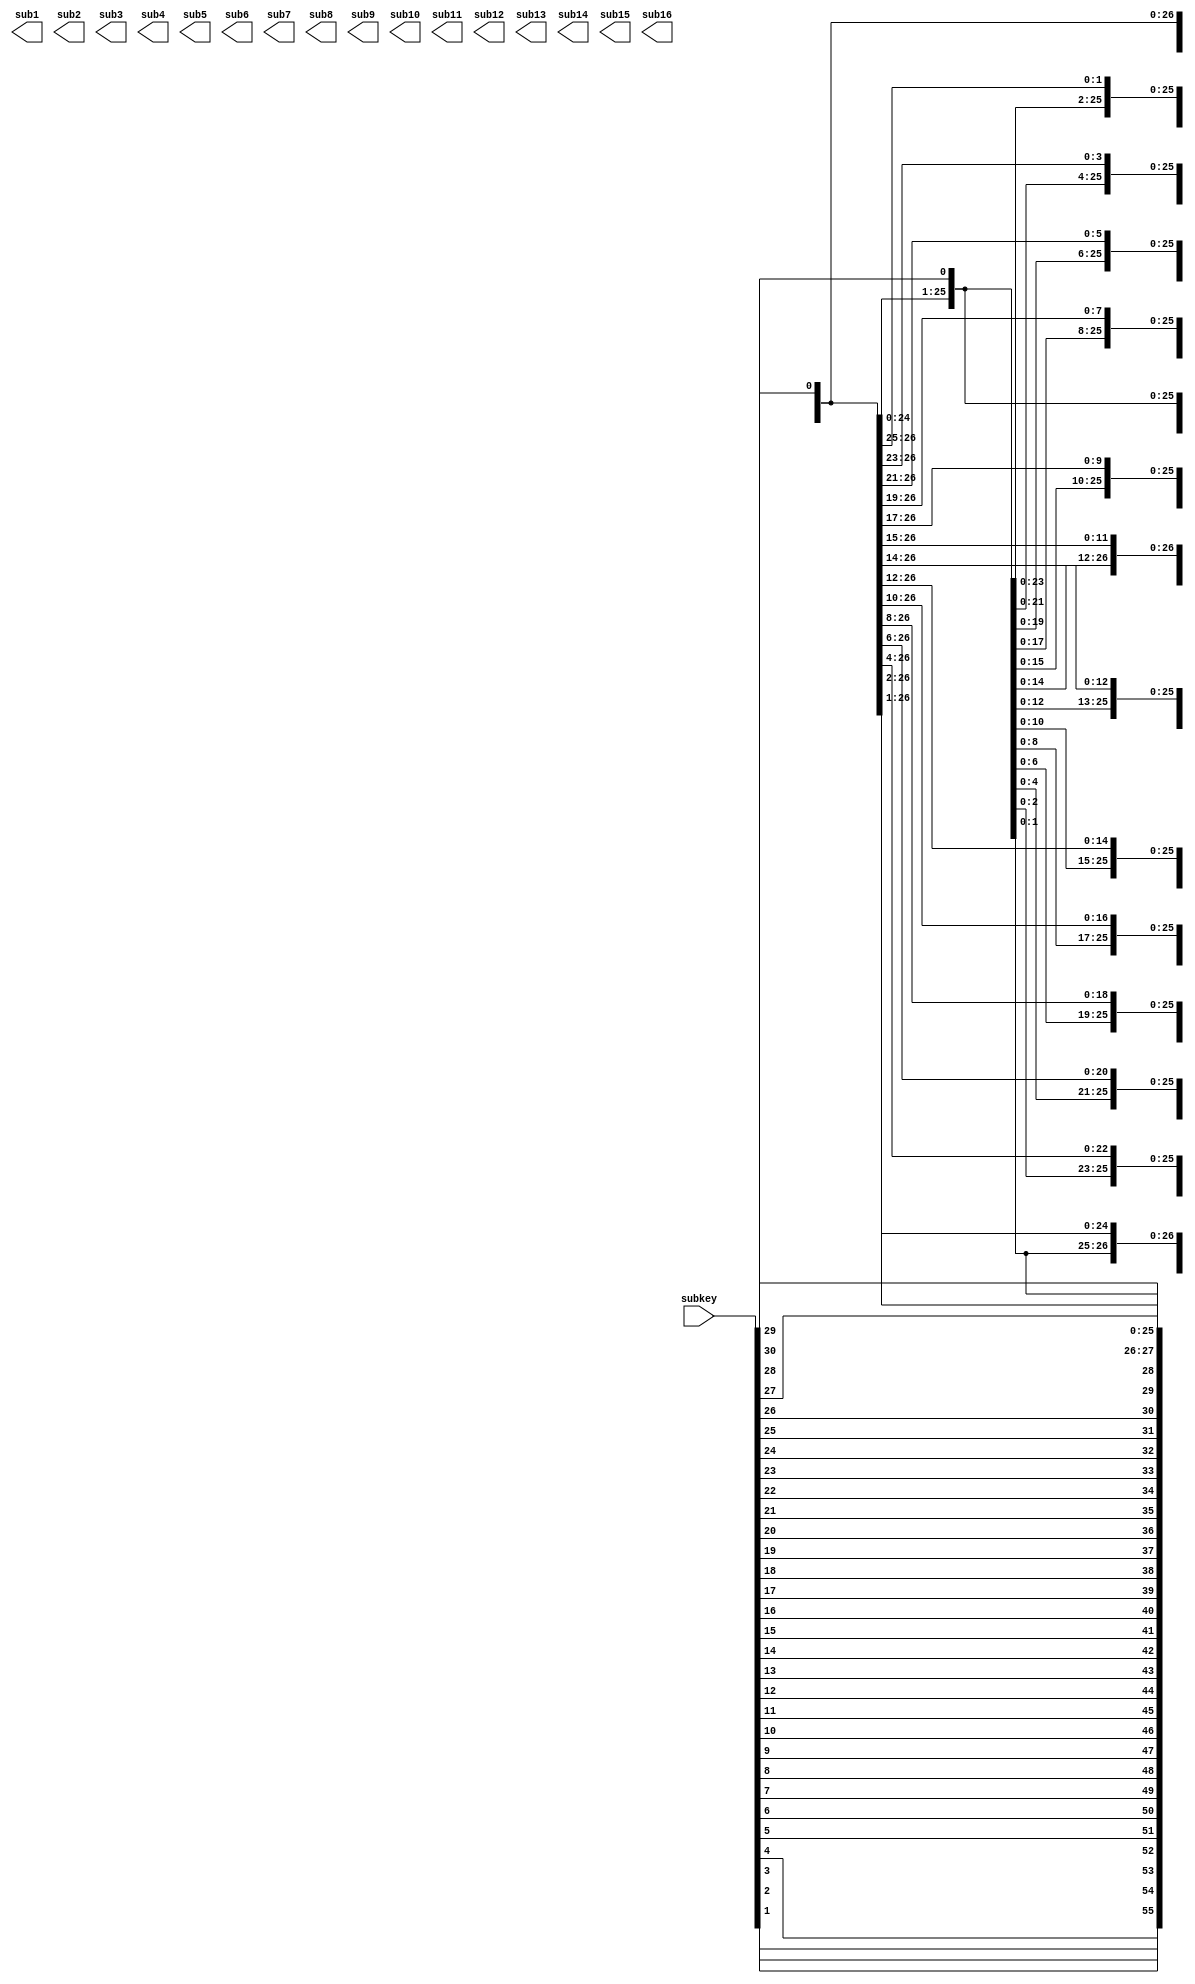
module subkeyshift(subkey,sub1,sub2,sub3,sub4,sub5,sub6,sub7,sub8,sub9,sub10,sub11,sub12,sub13,sub14,sub15,sub16);

input [55:0] subkey;
output reg [55:0] sub1;
output reg [55:0] sub2;
output reg [55:0] sub3;
output reg [55:0] sub4;
output reg [55:0] sub5;
output reg [55:0] sub6;
output reg [55:0] sub7;
output reg [55:0] sub8;
output reg [55:0] sub9;
output reg [55:0] sub10;
output reg [55:0] sub11;
output reg [55:0] sub12;
output reg [55:0] sub13;
output reg [55:0] sub14;
output reg [55:0] sub15;
output reg [55:0] sub16;

always @ (*)
	begin
		sub1 = {subkey[2],subkey[3],subkey[4],subkey[5],subkey[6],subkey[7],subkey[8],subkey[9],subkey[10],subkey[11],subkey[12],subkey[13],subkey[14],subkey[15],subkey[16],subkey[17],subkey[18],subkey[19],subkey[20],subkey[21],subkey[22],subkey[23],subkey[24],subkey[25],subkey[26],subkey[27],subkey[28],subkey[1],subkey[30],subkey[31],subkey[32],subkey[33],subkey[34],subkey[35],subkey[36],subkey[37],subkey[38],subkey[39],subkey[40],subkey[41],subkey[42],subkey[43],subkey[44],subkey[45],subkey[46],subkey[47],subkey[48],subkey[49],subkey[50],subkey[51],subkey[52],subkey[53],subkey[54],subkey[55],subkey[56],subkey[29]};
		sub2 = {subkey[3],subkey[4],subkey[5],subkey[6],subkey[7],subkey[8],subkey[9],subkey[10],subkey[11],subkey[12],subkey[13],subkey[14],subkey[15],subkey[16],subkey[17],subkey[18],subkey[19],subkey[20],subkey[21],subkey[22],subkey[23],subkey[24],subkey[25],subkey[26],subkey[27],subkey[28],subkey[1],subkey[2],subkey[31],subkey[32],subkey[33],subkey[34],subkey[35],subkey[36],subkey[37],subkey[38],subkey[39],subkey[40],subkey[41],subkey[42],subkey[43],subkey[44],subkey[45],subkey[46],subkey[47],subkey[48],subkey[49],subkey[50],subkey[51],subkey[52],subkey[53],subkey[54],subkey[55],subkey[56],subkey[29],subkey[30]};
		sub3 = {subkey[5],subkey[6],subkey[7],subkey[8],subkey[9],subkey[10],subkey[11],subkey[12],subkey[13],subkey[14],subkey[15],subkey[16],subkey[17],subkey[18],subkey[19],subkey[20],subkey[21],subkey[22],subkey[23],subkey[24],subkey[25],subkey[26],subkey[27],subkey[28],subkey[1],subkey[2],subkey[3],subkey[4],subkey[33],subkey[34],subkey[35],subkey[36],subkey[37],subkey[38],subkey[39],subkey[40],subkey[41],subkey[42],subkey[43],subkey[44],subkey[45],subkey[46],subkey[47],subkey[48],subkey[49],subkey[50],subkey[51],subkey[52],subkey[53],subkey[54],subkey[55],subkey[56],subkey[29],subkey[30],subkey[31],subkey[32]};
		sub4 = {subkey[7],subkey[8],subkey[9],subkey[10],subkey[11],subkey[12],subkey[13],subkey[14],subkey[15],subkey[16],subkey[17],subkey[18],subkey[19],subkey[20],subkey[21],subkey[22],subkey[23],subkey[24],subkey[25],subkey[26],subkey[27],subkey[28],subkey[1],subkey[2],subkey[3],subkey[4],subkey[5],subkey[6],subkey[35],subkey[36],subkey[37],subkey[38],subkey[39],subkey[40],subkey[41],subkey[42],subkey[43],subkey[44],subkey[45],subkey[46],subkey[47],subkey[48],subkey[49],subkey[50],subkey[51],subkey[52],subkey[53],subkey[54],subkey[55],subkey[56],subkey[29],subkey[30],subkey[31],subkey[32],subkey[33],subkey[34]};
		sub5 = {subkey[9],subkey[10],subkey[11],subkey[12],subkey[13],subkey[14],subkey[15],subkey[16],subkey[17],subkey[18],subkey[19],subkey[20],subkey[21],subkey[22],subkey[23],subkey[24],subkey[25],subkey[26],subkey[27],subkey[28],subkey[1],subkey[2],subkey[3],subkey[4],subkey[5],subkey[6],subkey[7],subkey[8],subkey[37],subkey[38],subkey[39],subkey[40],subkey[41],subkey[42],subkey[43],subkey[44],subkey[45],subkey[46],subkey[47],subkey[48],subkey[49],subkey[50],subkey[51],subkey[52],subkey[53],subkey[54],subkey[55],subkey[56],subkey[29],subkey[30],subkey[31],subkey[32],subkey[33],subkey[34],subkey[35],subkey[36]};
		sub6 = {subkey[11],subkey[12],subkey[13],subkey[14],subkey[15],subkey[16],subkey[17],subkey[18],subkey[19],subkey[20],subkey[21],subkey[22],subkey[23],subkey[24],subkey[25],subkey[26],subkey[27],subkey[28],subkey[1],subkey[2],subkey[3],subkey[4],subkey[5],subkey[6],subkey[7],subkey[8],subkey[9],subkey[10],subkey[39],subkey[40],subkey[41],subkey[42],subkey[43],subkey[44],subkey[45],subkey[46],subkey[47],subkey[48],subkey[49],subkey[50],subkey[51],subkey[52],subkey[53],subkey[54],subkey[55],subkey[56],subkey[29],subkey[30],subkey[31],subkey[32],subkey[33],subkey[34],subkey[35],subkey[36],subkey[37],subkey[38]};
		sub7 = {subkey[13],subkey[14],subkey[15],subkey[16],subkey[17],subkey[18],subkey[19],subkey[20],subkey[21],subkey[22],subkey[23],subkey[24],subkey[25],subkey[26],subkey[27],subkey[28],subkey[1],subkey[2],subkey[3],subkey[4],subkey[5],subkey[6],subkey[7],subkey[8],subkey[9],subkey[10],subkey[11],subkey[12],subkey[41],subkey[42],subkey[43],subkey[44],subkey[45],subkey[46],subkey[47],subkey[48],subkey[49],subkey[50],subkey[51],subkey[52],subkey[53],subkey[54],subkey[55],subkey[56],subkey[29],subkey[30],subkey[31],subkey[32],subkey[33],subkey[34],subkey[35],subkey[36],subkey[37],subkey[38],subkey[39],subkey[40]};
		sub8 = {subkey[15],subkey[16],subkey[17],subkey[18],subkey[19],subkey[20],subkey[21],subkey[22],subkey[23],subkey[24],subkey[25],subkey[26],subkey[27],subkey[28],subkey[1],subkey[2],subkey[3],subkey[4],subkey[5],subkey[6],subkey[7],subkey[8],subkey[9],subkey[10],subkey[11],subkey[12],subkey[13],subkey[14],subkey[43],subkey[44],subkey[45],subkey[46],subkey[47],subkey[48],subkey[49],subkey[50],subkey[51],subkey[52],subkey[53],subkey[54],subkey[55],subkey[56],subkey[29],subkey[30],subkey[31],subkey[32],subkey[33],subkey[34],subkey[35],subkey[36],subkey[37],subkey[38],subkey[39],subkey[40],subkey[41],subkey[42]};
		sub9 = {subkey[16],subkey[17],subkey[18],subkey[19],subkey[20],subkey[21],subkey[22],subkey[23],subkey[24],subkey[25],subkey[26],subkey[27],subkey[28],subkey[1],subkey[2],subkey[3],subkey[4],subkey[5],subkey[6],subkey[7],subkey[8],subkey[9],subkey[10],subkey[11],subkey[12],subkey[13],subkey[14],subkey[15],subkey[44],subkey[45],subkey[46],subkey[47],subkey[48],subkey[49],subkey[50],subkey[51],subkey[52],subkey[53],subkey[54],subkey[55],subkey[56],subkey[29],subkey[30],subkey[31],subkey[32],subkey[33],subkey[34],subkey[35],subkey[36],subkey[37],subkey[38],subkey[39],subkey[40],subkey[41],subkey[42],subkey[43]};
		sub10 = {subkey[18],subkey[19],subkey[20],subkey[21],subkey[22],subkey[23],subkey[24],subkey[25],subkey[26],subkey[27],subkey[28],subkey[1],subkey[2],subkey[3],subkey[4],subkey[5],subkey[6],subkey[7],subkey[8],subkey[9],subkey[10],subkey[11],subkey[12],subkey[13],subkey[14],subkey[15],subkey[16],subkey[17],subkey[46],subkey[47],subkey[48],subkey[49],subkey[50],subkey[51],subkey[52],subkey[53],subkey[54],subkey[55],subkey[56],subkey[29],subkey[30],subkey[31],subkey[32],subkey[33],subkey[34],subkey[35],subkey[36],subkey[37],subkey[38],subkey[39],subkey[40],subkey[41],subkey[42],subkey[43],subkey[44],subkey[45]};
		sub11 = {subkey[20],subkey[21],subkey[22],subkey[23],subkey[24],subkey[25],subkey[26],subkey[27],subkey[28],subkey[1],subkey[2],subkey[3],subkey[4],subkey[5],subkey[6],subkey[7],subkey[8],subkey[9],subkey[10],subkey[11],subkey[12],subkey[13],subkey[14],subkey[15],subkey[16],subkey[17],subkey[18],subkey[19],subkey[48],subkey[49],subkey[50],subkey[51],subkey[52],subkey[53],subkey[54],subkey[55],subkey[56],subkey[29],subkey[30],subkey[31],subkey[32],subkey[33],subkey[34],subkey[35],subkey[36],subkey[37],subkey[38],subkey[39],subkey[40],subkey[41],subkey[42],subkey[43],subkey[44],subkey[45],subkey[46],subkey[47]};
		sub12 = {subkey[22],subkey[23],subkey[24],subkey[25],subkey[26],subkey[27],subkey[28],subkey[1],subkey[2],subkey[3],subkey[4],subkey[5],subkey[6],subkey[7],subkey[8],subkey[9],subkey[10],subkey[11],subkey[12],subkey[13],subkey[14],subkey[15],subkey[16],subkey[17],subkey[18],subkey[19],subkey[20],subkey[21],subkey[50],subkey[51],subkey[52],subkey[53],subkey[54],subkey[55],subkey[56],subkey[29],subkey[30],subkey[31],subkey[32],subkey[33],subkey[34],subkey[35],subkey[36],subkey[37],subkey[38],subkey[39],subkey[40],subkey[41],subkey[42],subkey[43],subkey[44],subkey[45],subkey[46],subkey[47],subkey[48],subkey[49]};
		sub13 = {subkey[24],subkey[25],subkey[26],subkey[27],subkey[28],subkey[1],subkey[2],subkey[3],subkey[4],subkey[5],subkey[6],subkey[7],subkey[8],subkey[9],subkey[10],subkey[11],subkey[12],subkey[13],subkey[14],subkey[15],subkey[16],subkey[17],subkey[18],subkey[19],subkey[20],subkey[21],subkey[22],subkey[23],subkey[52],subkey[53],subkey[54],subkey[55],subkey[56],subkey[29],subkey[30],subkey[31],subkey[32],subkey[33],subkey[34],subkey[35],subkey[36],subkey[37],subkey[38],subkey[39],subkey[40],subkey[41],subkey[42],subkey[43],subkey[44],subkey[45],subkey[46],subkey[47],subkey[48],subkey[49],subkey[50],subkey[51]};
		sub14 = {subkey[26],subkey[27],subkey[28],subkey[1],subkey[2],subkey[3],subkey[4],subkey[5],subkey[6],subkey[7],subkey[8],subkey[9],subkey[10],subkey[11],subkey[12],subkey[13],subkey[14],subkey[15],subkey[16],subkey[17],subkey[18],subkey[19],subkey[20],subkey[21],subkey[22],subkey[23],subkey[24],subkey[25],subkey[54],subkey[55],subkey[56],subkey[29],subkey[30],subkey[31],subkey[32],subkey[33],subkey[34],subkey[35],subkey[36],subkey[37],subkey[38],subkey[39],subkey[40],subkey[41],subkey[42],subkey[43],subkey[44],subkey[45],subkey[46],subkey[47],subkey[48],subkey[49],subkey[50],subkey[51],subkey[52],subkey[53]};
		sub15 = {subkey[28],subkey[1],subkey[2],subkey[3],subkey[4],subkey[5],subkey[6],subkey[7],subkey[8],subkey[9],subkey[10],subkey[11],subkey[12],subkey[13],subkey[14],subkey[15],subkey[16],subkey[17],subkey[18],subkey[19],subkey[20],subkey[21],subkey[22],subkey[23],subkey[24],subkey[25],subkey[26],subkey[27],subkey[56],subkey[29],subkey[30],subkey[31],subkey[32],subkey[33],subkey[34],subkey[35],subkey[36],subkey[37],subkey[38],subkey[39],subkey[40],subkey[41],subkey[42],subkey[43],subkey[44],subkey[45],subkey[46],subkey[47],subkey[48],subkey[49],subkey[50],subkey[51],subkey[52],subkey[53],subkey[54],subkey[55]};
		sub16 = {subkey[1],subkey[2],subkey[3],subkey[4],subkey[5],subkey[6],subkey[7],subkey[8],subkey[9],subkey[10],subkey[11],subkey[12],subkey[13],subkey[14],subkey[15],subkey[16],subkey[17],subkey[18],subkey[19],subkey[20],subkey[21],subkey[22],subkey[23],subkey[24],subkey[25],subkey[26],subkey[27],subkey[28],subkey[29],subkey[30],subkey[31],subkey[32],subkey[33],subkey[34],subkey[35],subkey[36],subkey[37],subkey[38],subkey[39],subkey[40],subkey[41],subkey[42],subkey[43],subkey[44],subkey[45],subkey[46],subkey[47],subkey[48],subkey[49],subkey[50],subkey[51],subkey[52],subkey[53],subkey[54],subkey[55],subkey[56]};
	end

endmodule